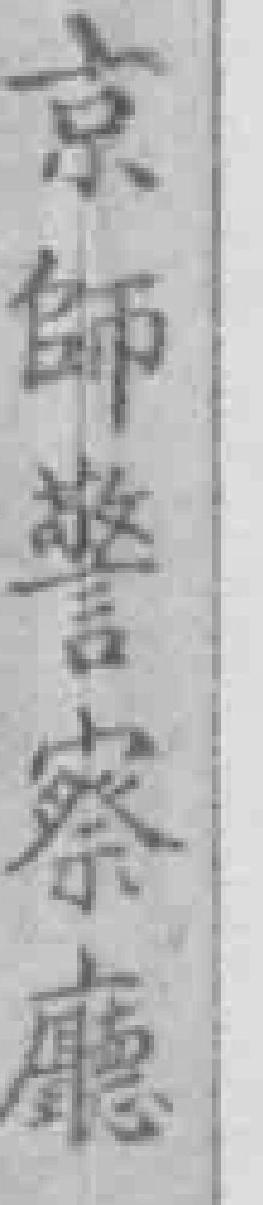
京師警察廳